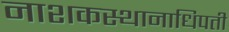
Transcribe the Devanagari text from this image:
नाशकस्थानाधिपती